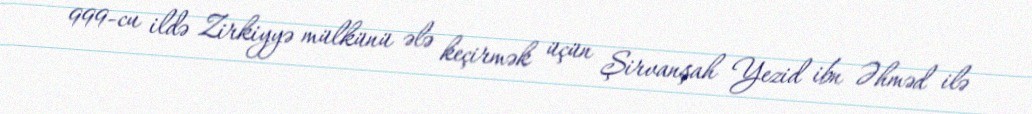
999-cu ildə Zirkiyyə mülkünü ələ keçirmək üçün Şirvanşah Yezid ibn Əhməd ilə